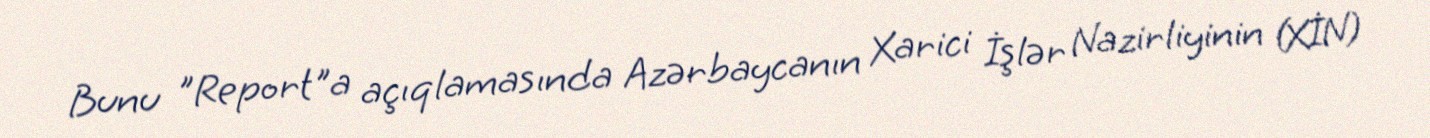
Bunu "Report"a açıqlamasında Azərbaycanın Xarici İşlər Nazirliyinin (XİN)